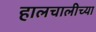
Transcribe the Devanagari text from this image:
हालचालीच्या